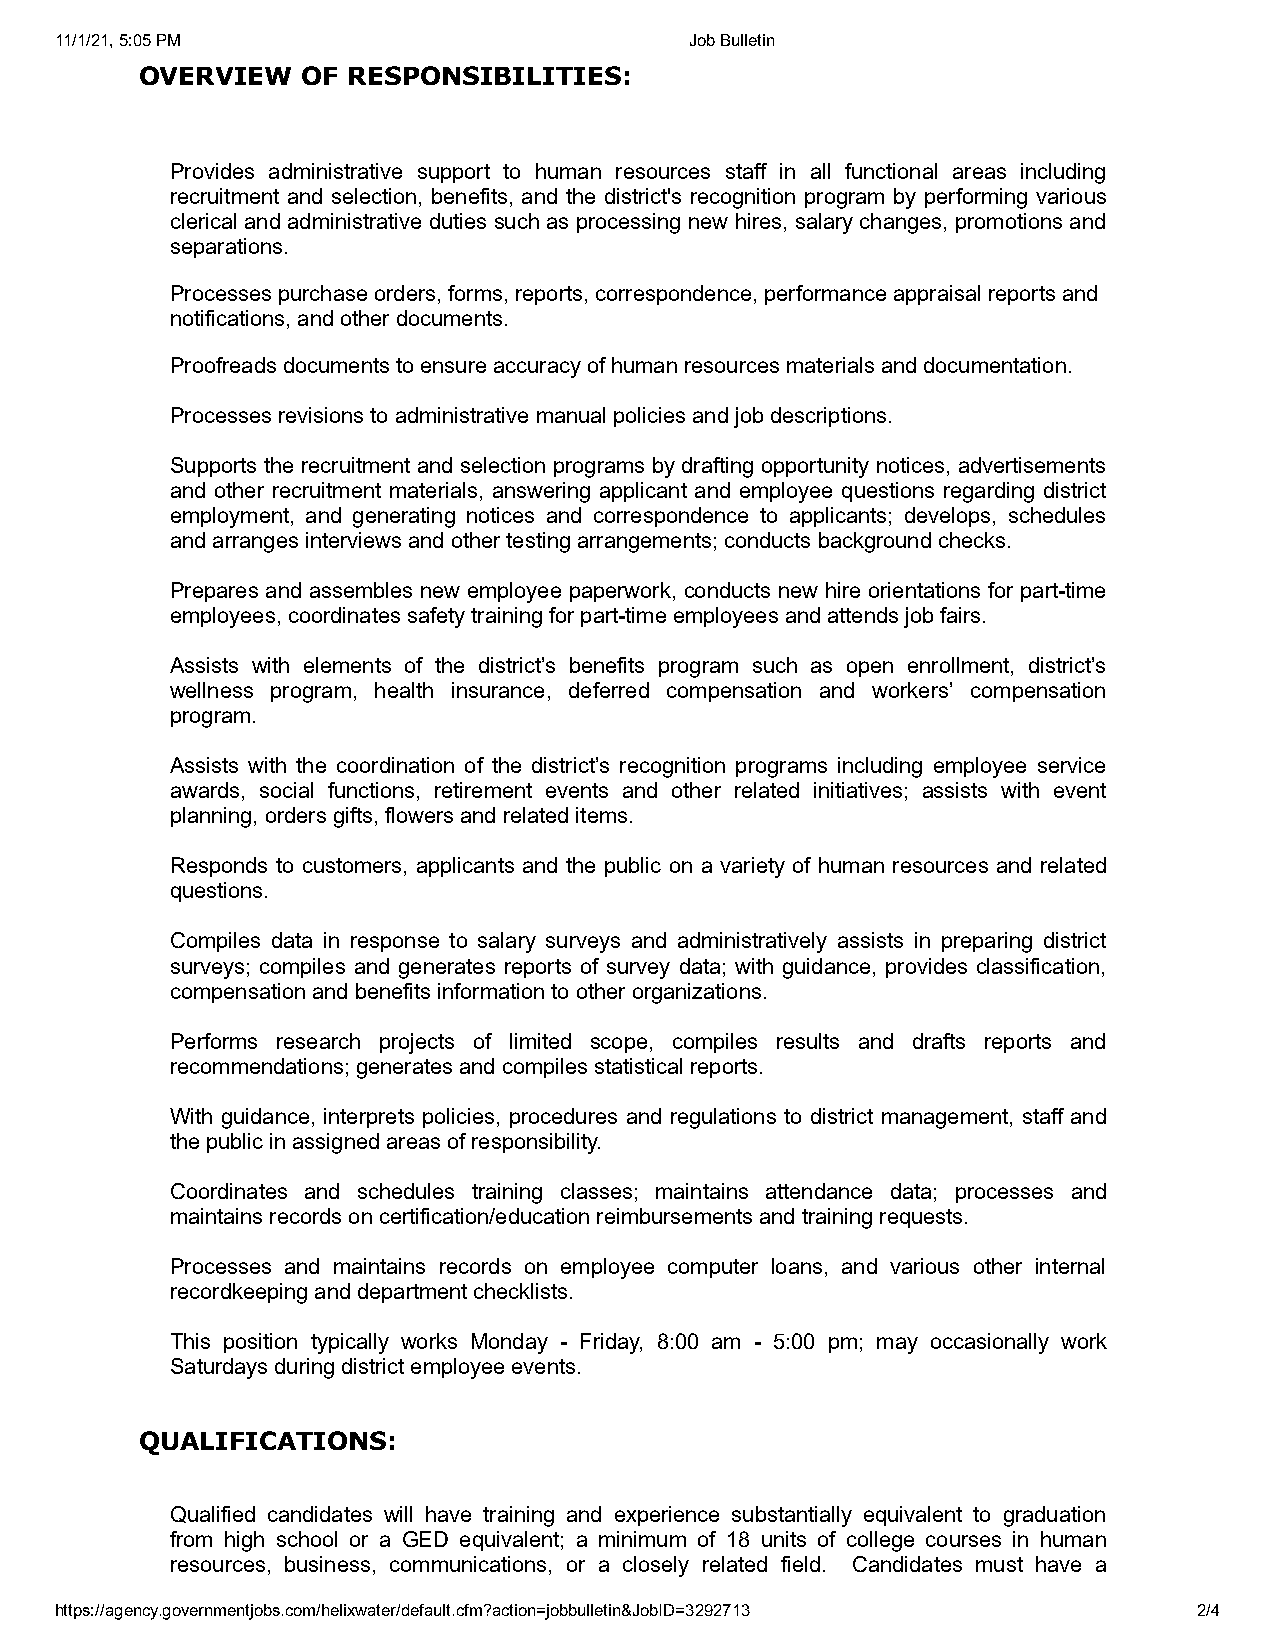
11/1/21, 5:05 PM                          Job Bulletin
 OVERVIEW   OF RESPONSIBILITIES:
 Provides administrative support to human resources staff in all functional areas including
 recruitment and selection, benefits, and the district's recognition program by performing various
 clerical and administrative duties such as processing new hires, salary changes, promotions and
 separations.
 Processes purchase orders, forms, reports, correspondence, performance appraisal reports and
 notifications, and other documents.
 Proofreads documents to ensure accuracy of human resources materials and documentation.
 Processes revisions to administrative manual policies and job descriptions.
 Supports the recruitment and selection programs by drafting opportunity notices, advertisements
 and other recruitment materials, answering applicant and employee questions regarding district
 employment, and generating notices and correspondence to applicants; develops, schedules
 and arranges interviews and other testing arrangements; conducts background checks.
 Prepares and assembles new employee paperwork, conducts new hire orientations for part-time
 employees, coordinates safety training for part-time employees and attends job fairs.
 Assists with elements of the district’s benefits program such as open enrollment, district’s
 wellness program, health insurance, deferred compensation and workers’ compensation
 program.
 Assists with the coordination of the district’s recognition programs including employee service
 awards, social functions, retirement events and other related initiatives; assists with event
 planning, orders gifts, flowers and related items.
 Responds to customers, applicants and the public on a variety of human resources and related
 questions.
 Compiles data in response to salary surveys and administratively assists in preparing district
 surveys; compiles and generates reports of survey data; with guidance, provides classification,
 compensation and benefits information to other organizations.
 Performs research projects of limited scope, compiles results and drafts reports and
 recommendations; generates and compiles statistical reports.
 With guidance, interprets policies, procedures and regulations to district management, staff and
 the public in assigned areas of responsibility.
 Coordinates and schedules training classes; maintains attendance data; processes and
 maintains records on certification/education reimbursements and training requests.
 Processes and maintains records on employee computer loans, and various other internal
 recordkeeping and department checklists.
 This position typically works Monday - Friday, 8:00 am - 5:00 pm; may occasionally work
 Saturdays during district employee events.
 QUALIFICATIONS:
 Qualified candidates will have training and experience substantially equivalent to graduation
 from high school or a GED equivalent; a minimum of 18 units of college courses in human
 resources, business, communications, or a closely related field. Candidates must have a
 https://agency.governmentjobs.com/helixwater/default.cfm?action=jobbulletin&JobID=3292713 2/4